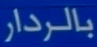
بالردار